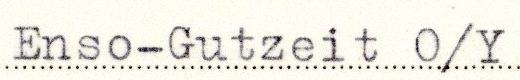
Enso-Gutzeit O/Y